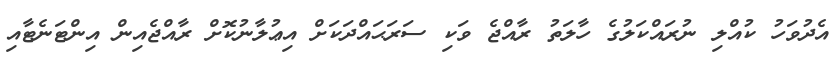
އެދުވަހު ކުއްލި ނުރައްކަލުގެ ހާލަތު ރާއްޖެ ވަކި ސަރަޙައްދަކަށް އިޢުލާނުކޮށް ރާއްޖެއިން އިންޓަނެޓާއި